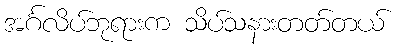
အင်္ဂလိပ်ဘုရားက သိပ်သနားတတ်တယ်